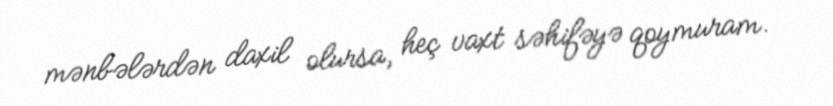
mənbələrdən daxil olursa, heç vaxt səhifəyə qoymuram.